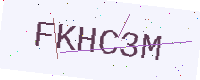
Text: FKHC3M